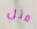
مثل